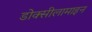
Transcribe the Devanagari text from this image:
डोक्सीलामाइन